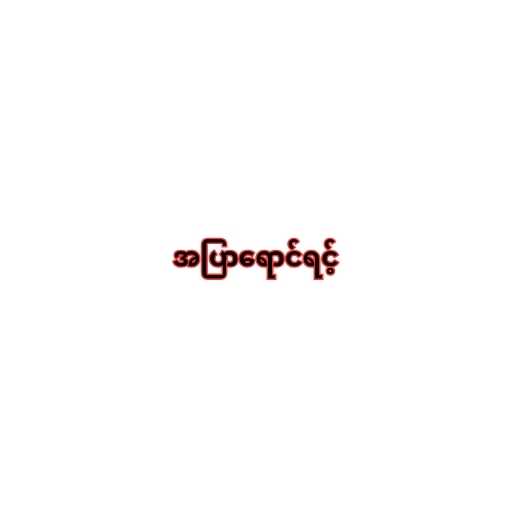
အပြာရောင်ရင့်